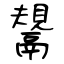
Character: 鬹